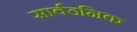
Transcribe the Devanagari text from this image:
सार्वडनिक